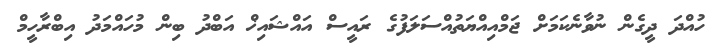
ހުއްދަ ދީގެން ނުވާނެކަމަށް ޖަމްއިއްޔަތުއްސަލަފުގެ ރައީސް އައްޝައިޚް އަބްދު ބިން މުހައްމަދު އިބްރާހީމް